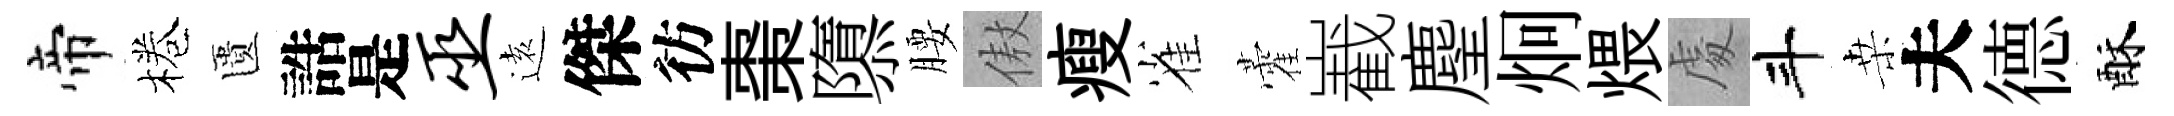
帝棬匱誥是巫逺傑彷棗隳腰傲瘦雀藿嶻麈炯煨䖏斗桒夫德酥